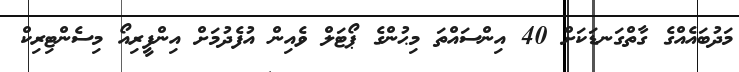
މަދުބައެއްގެ ގާތްގަނޑަކަށް 40 އިންސައްތަ މިޙުންގެ ޕޯޓަލް ވެއިން އުފެދުމަށް އިންފީރިއޯ މިސެންޓިރިކް